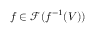
f \in { \mathcal { F } } ( f ^ { - 1 } ( V ) )